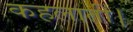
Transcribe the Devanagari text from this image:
कहलाती।